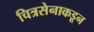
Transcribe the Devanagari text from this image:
चित्रसेनाकडून